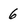
Character: 6